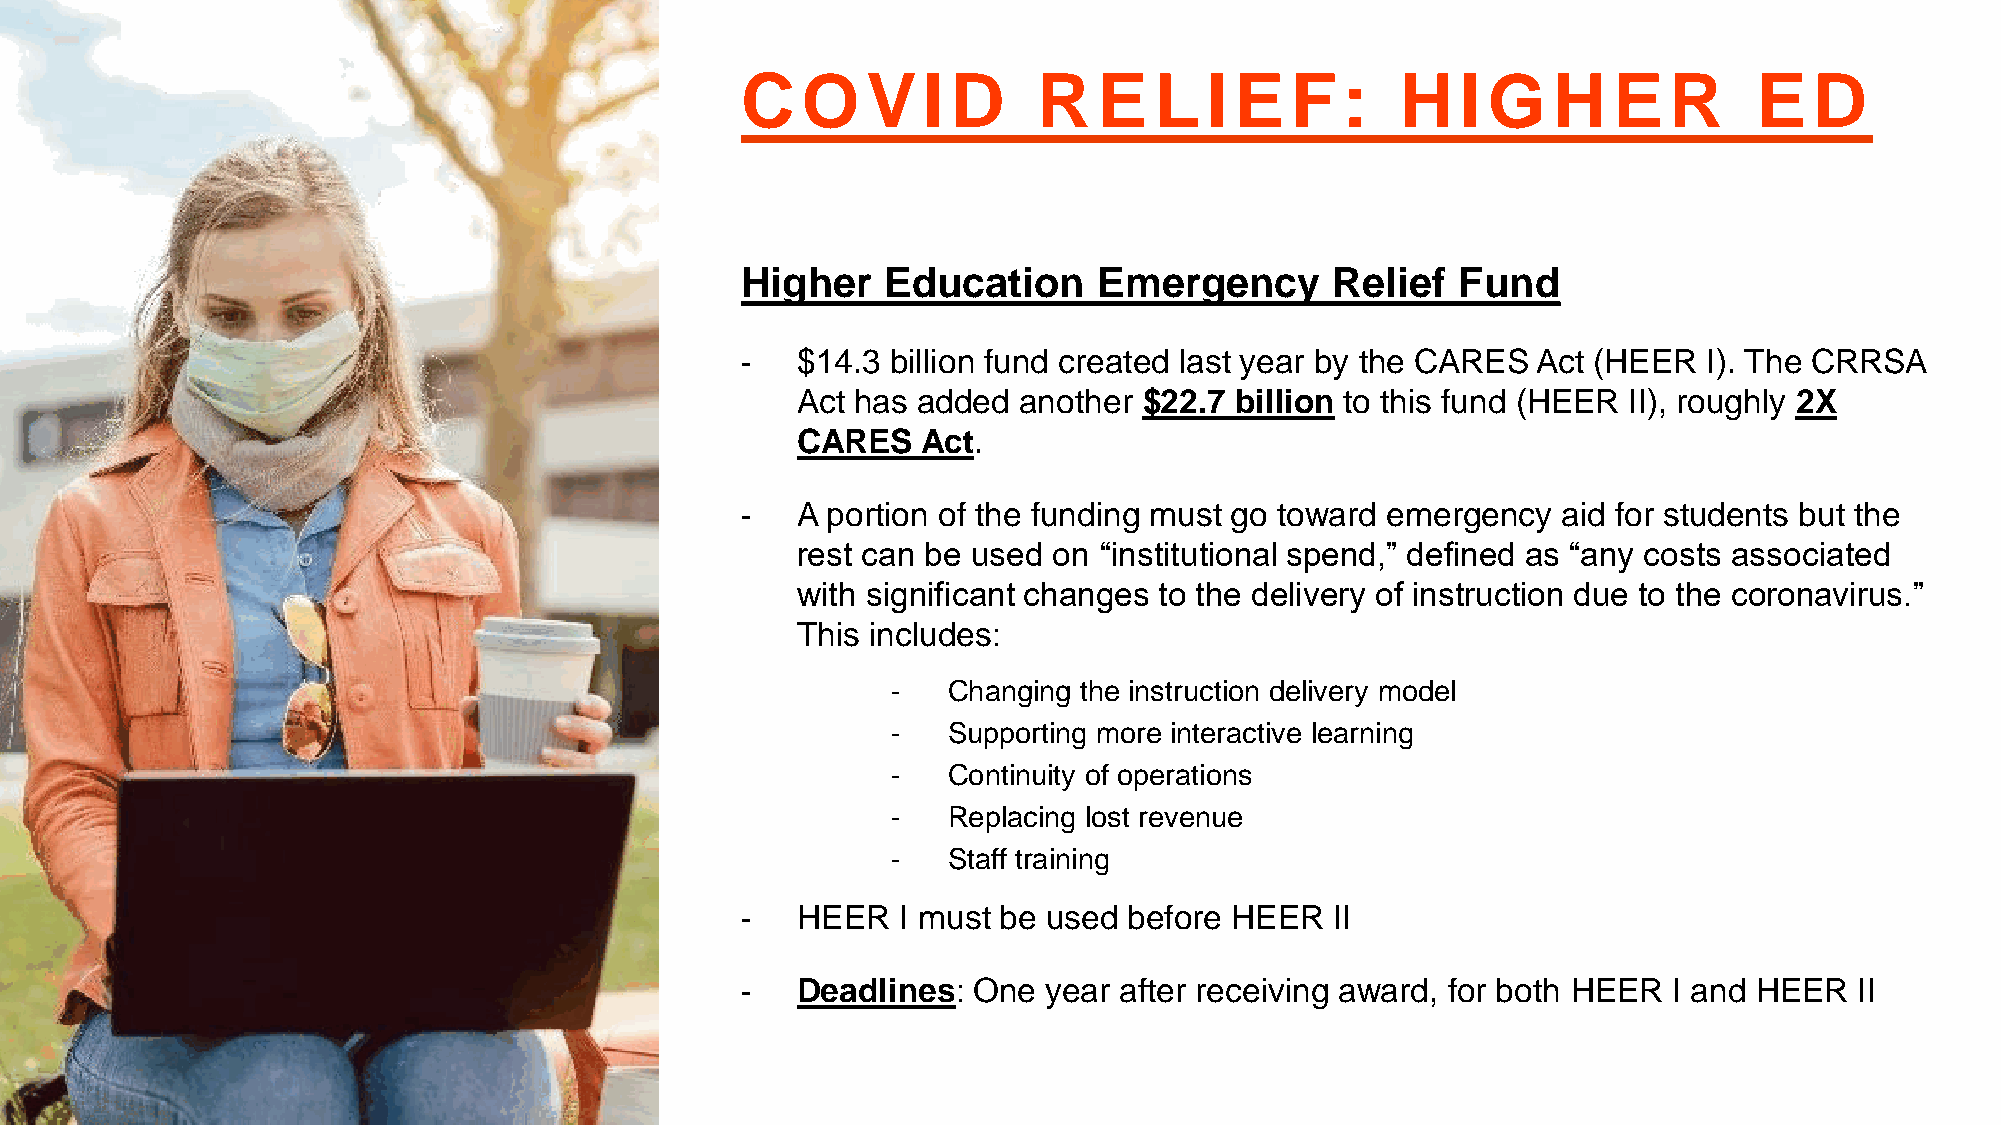
C   O   V   I D     R   E  L   I E  F:      H   I G   H   E  R     E   D
 Higher    Education     Emergency      Relief  Fund
 -   $14.3 billion fund created last year by the CARES Act (HEER I). The CRRSA
 Act has added another  $22.7 billion to this fund (HEER II), roughly 2X
 CARES   Act.
 -   A portion of the funding must go toward emergency aid for students but the
 rest can be used on “institutional spend,” defined as “any costs associated
 with significant changes to the delivery of instruction due to the coronavirus.”
 This includes:
 -   Changing the instruction delivery model
 -   Supporting more interactive learning
 -   Continuity of operations
 -   Replacing lost revenue
 -   Staff training
 -   HEER  I must be used  before HEER  II
 -   Deadlines: One  year after receiving award, for both HEER I and HEER  II